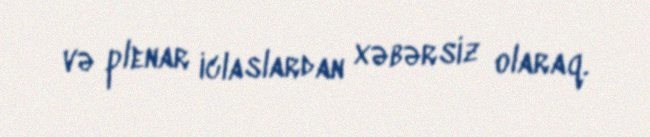
və plenar iclaslardan xəbərsiz olaraq.